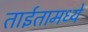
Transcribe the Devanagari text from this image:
ताईतामध्ये